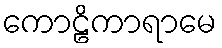
ကောဠိကာရာမေ